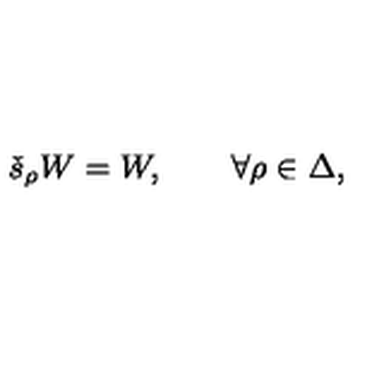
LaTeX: \check { s } _ { \rho } W = W , \qquad \forall \rho \in \Delta ,